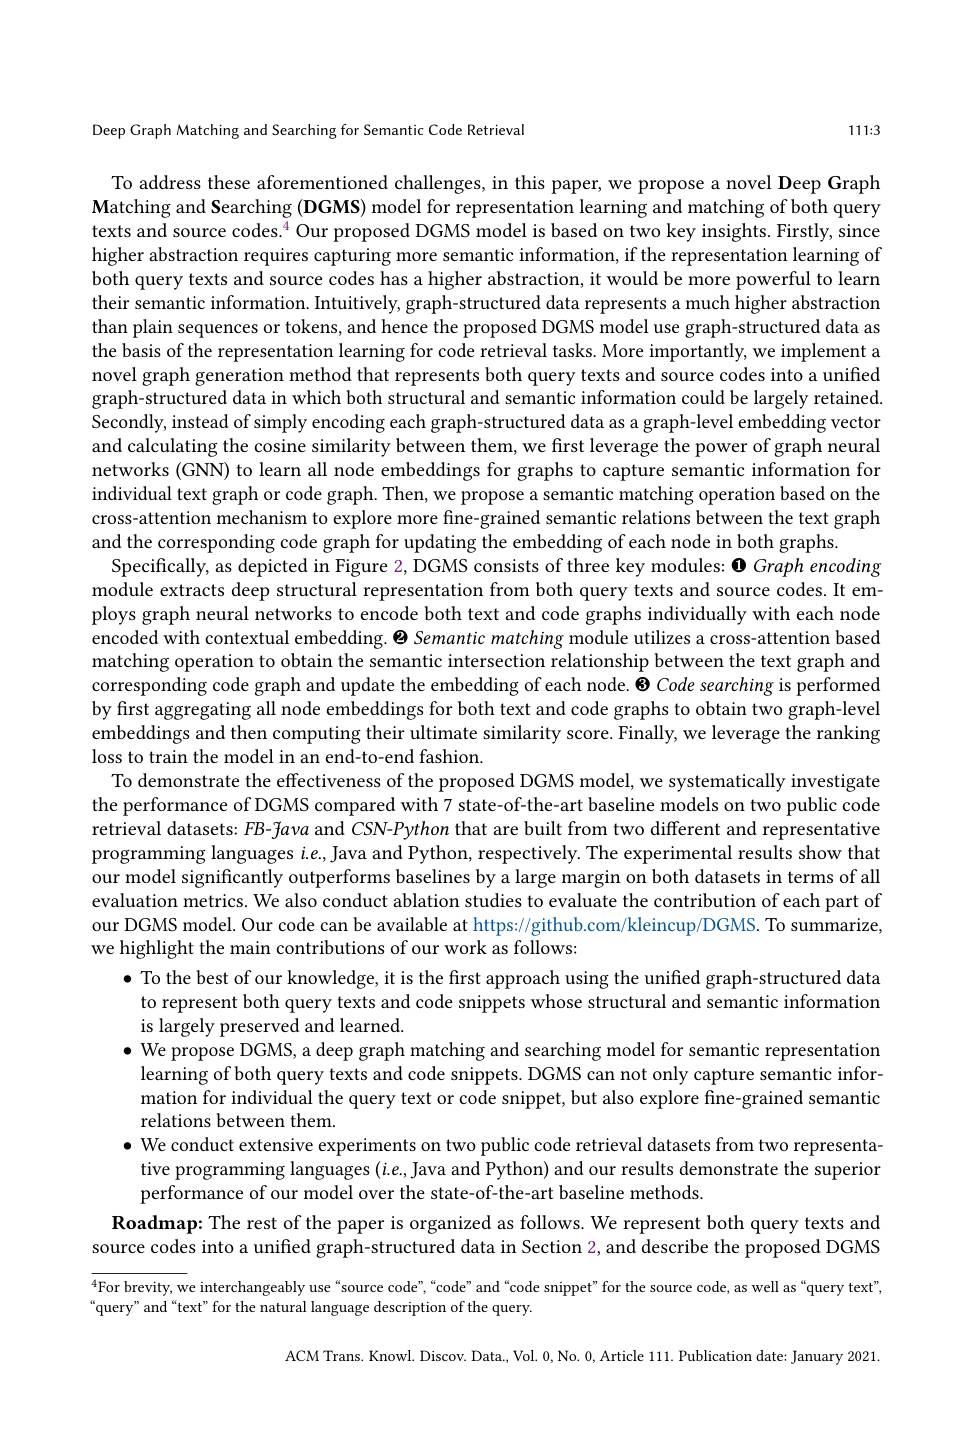
Deep Graph Matching and Searching for Semantic Code Retrieval

1111:3

To address these aforementioned challenges, in this paper, we propose a novel Deep Graph $\textbf{Matching and Searching ( DGMS) model for representation learning and matching of both query}$ texts and source codes.$^4$ Our proposed DGMS model is based on two key insights. Firstly, since higher abstraction requires capturing more semantic information, if the representation learning of both query texts and source codes has a higher abstraction, it would be more powerful to learn their semantic information. Intuitively, graph-structured data represents a much higher abstraction than plain sequences or tokens, and hence the proposed DGMS model use graph-structured data as the basis of the representation learning for code retrieval tasks. More importantly, we implement a novel graph generation method that represents both query texts and source codes into a unified graph-structured data in which both structural and semantic information could be largely retained. Secondly, instead of simply encoding each graph-structured data as a graph-level embedding vector and calculating the cosine similarity between them, we first leverage the power of graph neural networks (GNN) to learn all node embeddings for graphs to capture semantic information for individual text graph or code graph. Then, we propose a semantic matching operation based on the cross-attention mechanism to explore more fine-grained semantic relations between the text graph and the corresponding code graph for updating the embedding of each node in both graphs.
Specifically, as depicted in Figure 2, DGMS consists of three key modules: $\mathbf{0}$ Graph encoding module extracts deep structural representation from both query texts and source codes. It employs graph neural networks to encode both text and code graphs individually with each node encoded with contextual embedding. $\Theta$ Semantic matching module utilizes a cross-attention based matching operation to obtain the semantic intersection relationship between the text graph and corresponding code graph and update the embedding of each node. 8 Code searching is performed by first aggregating all node embeddings for both text and code graphs to obtain two graph-level embeddings and then computing their ultimate similarity score. Finally, we leverage the ranking loss to train the model in an end-to-end fashion.
To demonstrate the effectiveness of the proposed DGMS model, we systematically investigate the performance of DGMS compared with 7 state-of-the-art baseline models on two public code retrieval datasets: $FB$-fava and CSN-Python that are built from two different and representative programming languages $i.e.$,Java and Python, respectively. The experimental results show that our model significantly outperforms baselines by a large margin on both datasets in terms of all evaluation metrics. We also conduct ablation studies to evaluate the contribution of each part of our DGMS model. Our code can be available at https://github.com/kleincup/DGMS. To summarize, we highlight the main contributions of our work as follows:
$\bullet$ To the best of our knowledge, it is the first approach using the unified graph-structured data to represent both query texts and code snippets whose structural and semantic information is largely preserved and learned.
$\bullet$ We propose DGMS, a deep graph matching and searching model for semantic representation learning of both query texts and code snippets. DGMS can not only capture semantic information for individual the query text or code snippet, but also explore fine-grained semantic relations between them.
$\bullet$ We conduct extensive experiments on two public code retrieval datasets from two representative programming languages $(i.e.$,Java and Python) and our results demonstrate the superior performance of our model over the state-of-the-art baseline methods.
Roadmap: The rest of the paper is organized as follows. We represent both query texts and source codes into a unified graph-structured data in Section 2, and describe the proposed DGMS $^{4}$For brevity, we interchangeably use“source code”,“code”and“code snippet”for the source code, as well as“query text", “query”and“text”for the natural language description of the query.
ACM Trans. Knowl. Discov. Data., Vol. 0,No. 0, Article 111. Publication date: January 2021.